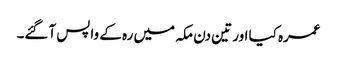
عمرہ کیا اور تین دن مکہ میں رہ کے واپس آگئے۔